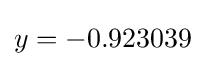
y=-0.923039